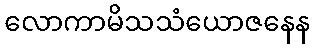
လောကာမိသသံယောဇနေန